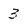
Character: 3